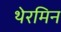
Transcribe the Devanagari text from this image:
थेरमिन